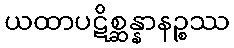
ယထာပဋိစ္ဆန္နာနဉ္စဿ